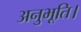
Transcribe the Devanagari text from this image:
अनुभूति।